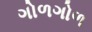
ગોળગોળ